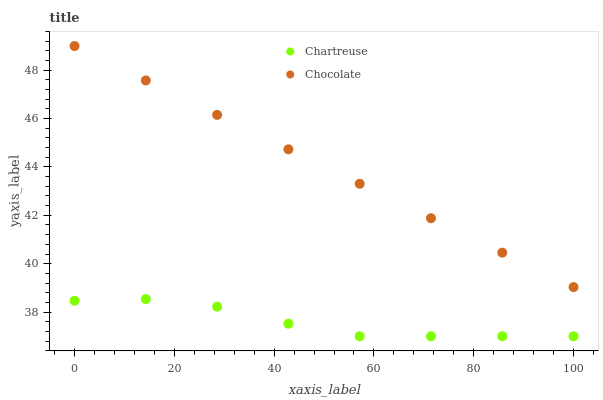
| xaxis_label | Chartreuse | Chocolate |
 | --- | --- | --- |
 | 0 | 38.5 | 49 |
 | 14.3 | 38.5 | 47.6 |
 | 28.6 | 38.2 | 46.2 |
 | 42.9 | 37.5 | 44.7 |
 | 57.1 | 37 | 43.3 |
 | 71.4 | 37 | 41.9 |
 | 85.7 | 37 | 40.5 |
 | 100 | 37 | 39 |